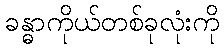
ခန္ဓာကိုယ်တစ်ခုလုံးကို